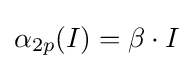
\alpha _{2p}(I)=\beta \cdot I